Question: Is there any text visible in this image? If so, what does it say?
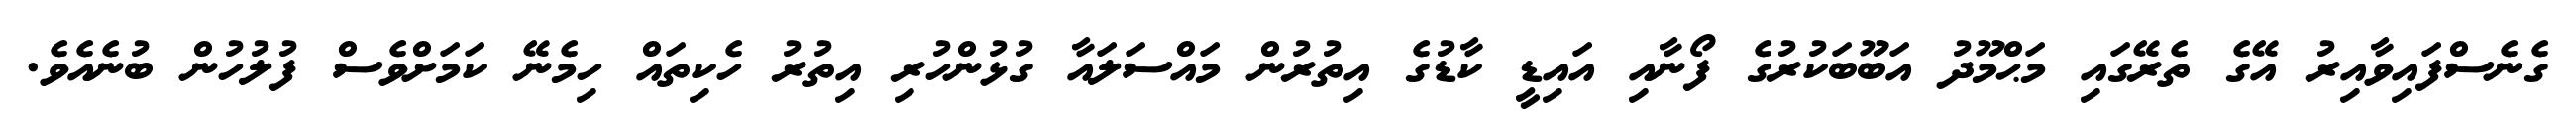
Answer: ގެނެސްފައިވާއިރު އޭގެ ތެރޭގައި މަޙްމޫދު އަބޫބަކުރުގެ ފޯނާއި އައިޑީ ކާޑުގެ އިތުރުން މައްސަލައާ ގުޅުންހުރި އިތުރު ހެކިތައް ހިމެނޭ ކަމަށްވެސް ފުލުހުން ބުނެއެވެ.